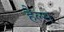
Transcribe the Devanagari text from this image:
हैल्स